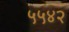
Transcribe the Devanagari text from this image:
५५४२